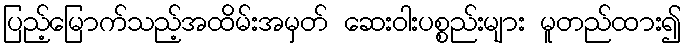
ပြည့်မြောက်သည့်အထိမ်းအမှတ် ဆေးဝါးပစ္စည်းများ မူတည်ထား၍